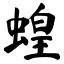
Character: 蝗